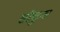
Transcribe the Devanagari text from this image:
सौकुस